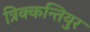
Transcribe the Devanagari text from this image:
त्रिक्कन्तियुर